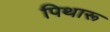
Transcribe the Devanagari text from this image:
पिथारू